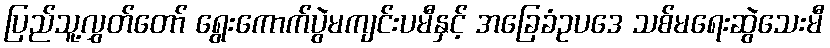
ပြည်သူ့လွှတ်တော် ရွေးကောက်ပွဲမကျင်းပမီနှင့် အခြေခံဥပဒေ သစ်မရေးဆွဲသေးမီ